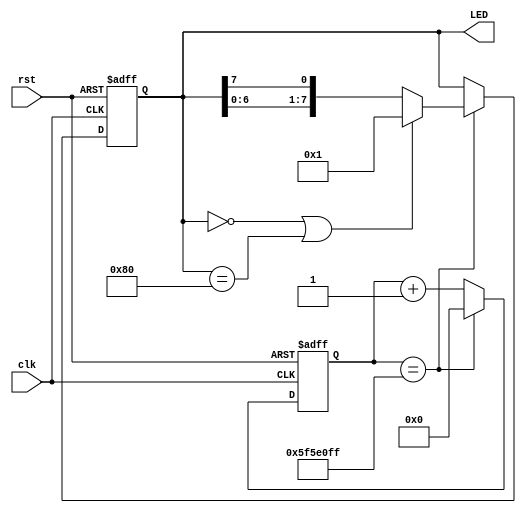
`timescale 1ns / 1ps
//////////////////////////////////////////////////////////////////////////////////
// Engineer: 
// 
// Design Name   : LED 
// Module Name   : LED
// Project Name  : LED
// Target Devices: LED
// Tool Versions : v1.0
// Description: 
// LEDIP
// Dependencies: 
// 
// Revision:
// V1.0 
// 
//////////////////////////////////////////////////////////////////////////////////


module LED
#(
    parameter LED_quantity   = 8,         //LED
    parameter TIME_count     = 100000000, //100000000
    parameter TIME_count_bit = 27         //(count)
)
(
    input  wire clk,
    input  wire rst,
    output reg [LED_quantity-1 : 0] LED
);
    wire rst_n = ~rst;
    reg [TIME_count_bit + 1 : 0] count;
    always @(posedge clk or negedge rst_n)
    begin
        if(!rst_n)
        begin
            LED   <= 'd0;
            count <= 'd0;
        end
        else
        begin
            count <= (count == TIME_count - 1'b1) ? 'd0 : (count + 1'b1);
            LED   <= (count == TIME_count - 1'b1) ? ((LED == 'd0 || LED == 'd128)) ? 'd1 : {LED[6:0],LED[7]} : LED;
        end
    end
endmodule